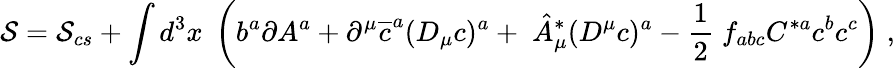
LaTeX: \mathcal{S}=\mathcal{S}_{cs}+\int d^{3}x\; \left(b^{a}\partial A^{a}+\partial^{\mu}\overline{{{c}}}^{a}(D_{\mu}c)^{a}+\; \hat{A}_{\mu}^{*}(D^{\mu}c)^{a}-\frac 12\; f_{abc}C^{*a}c^{b}c^{c}\right)\; ,